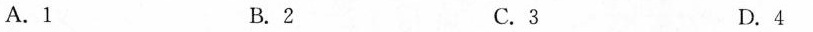
A.1 B.2 C.3 D.4